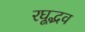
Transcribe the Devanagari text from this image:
रघूद्भव